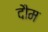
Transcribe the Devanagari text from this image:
दौम